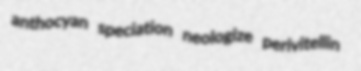
anthocyan speciation neologize perivitellin